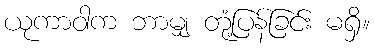
ယုကာဝါက ဘာမျှ တုံ့ပြန်ခြင်း မရှိ။